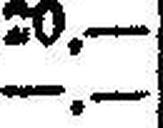
—.—